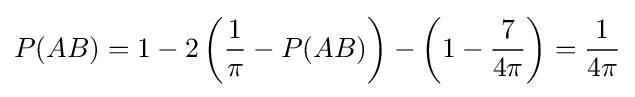
P(AB)=1-2\left({\frac {1}{\pi }}-P(AB)\right)-\left(1-{\frac {7}{4\pi }}\right)={\frac {1}{4\pi }}